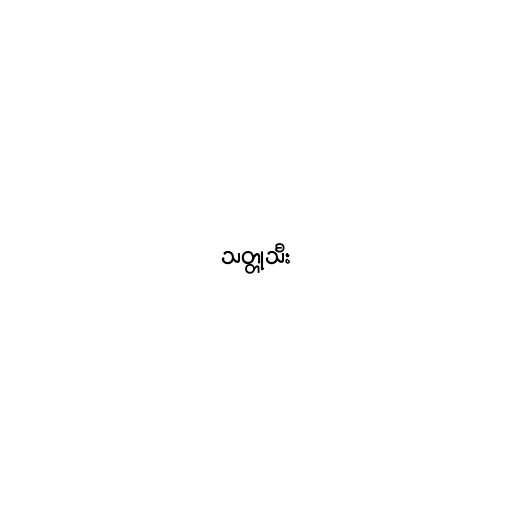
သတ္တုသီး